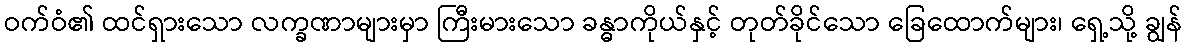
ဝက်ဝံ၏ ထင်ရှားသော လက္ခဏာများမှာ ကြီးမားသော ခန္ဓာကိုယ်နှင့် တုတ်ခိုင်သော ခြေထောက်များ၊ ရှေ့သို့ ချွန်